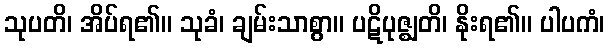
သုပတိ၊ အိပ်ရ၏။ သုခံ၊ ချမ်းသာစွာ။ ပဋိပုဇ္ဈတိ၊ နိုးရ၏။ ပါပကံ၊